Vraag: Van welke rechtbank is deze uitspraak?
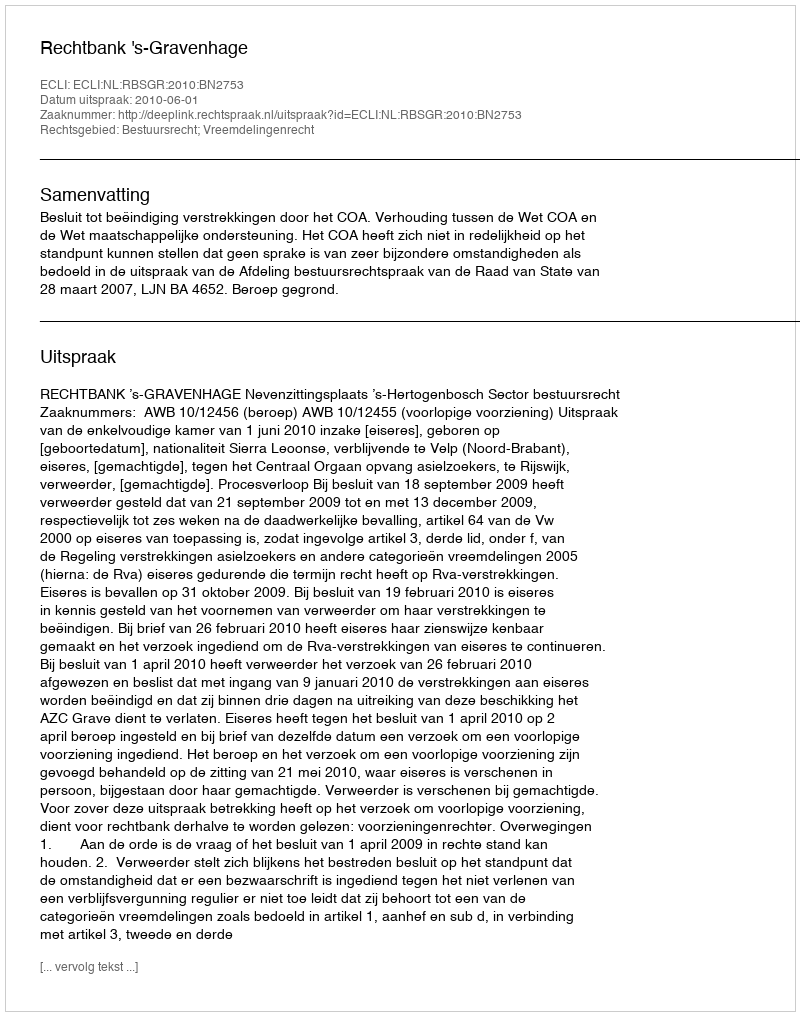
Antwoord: Rechtbank 's-Gravenhage